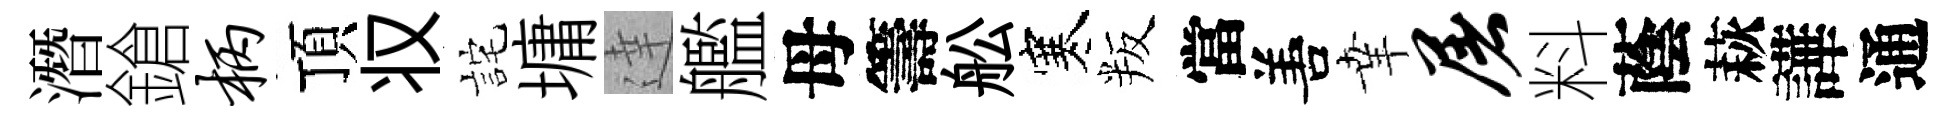
潛鎗柄頂𠬧詫墉達艦母籌舩寒叛當𠵊𦍒屠料蔭萩譁通